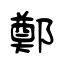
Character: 鄭